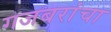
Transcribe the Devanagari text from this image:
गजबरांचा